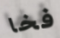
فخا